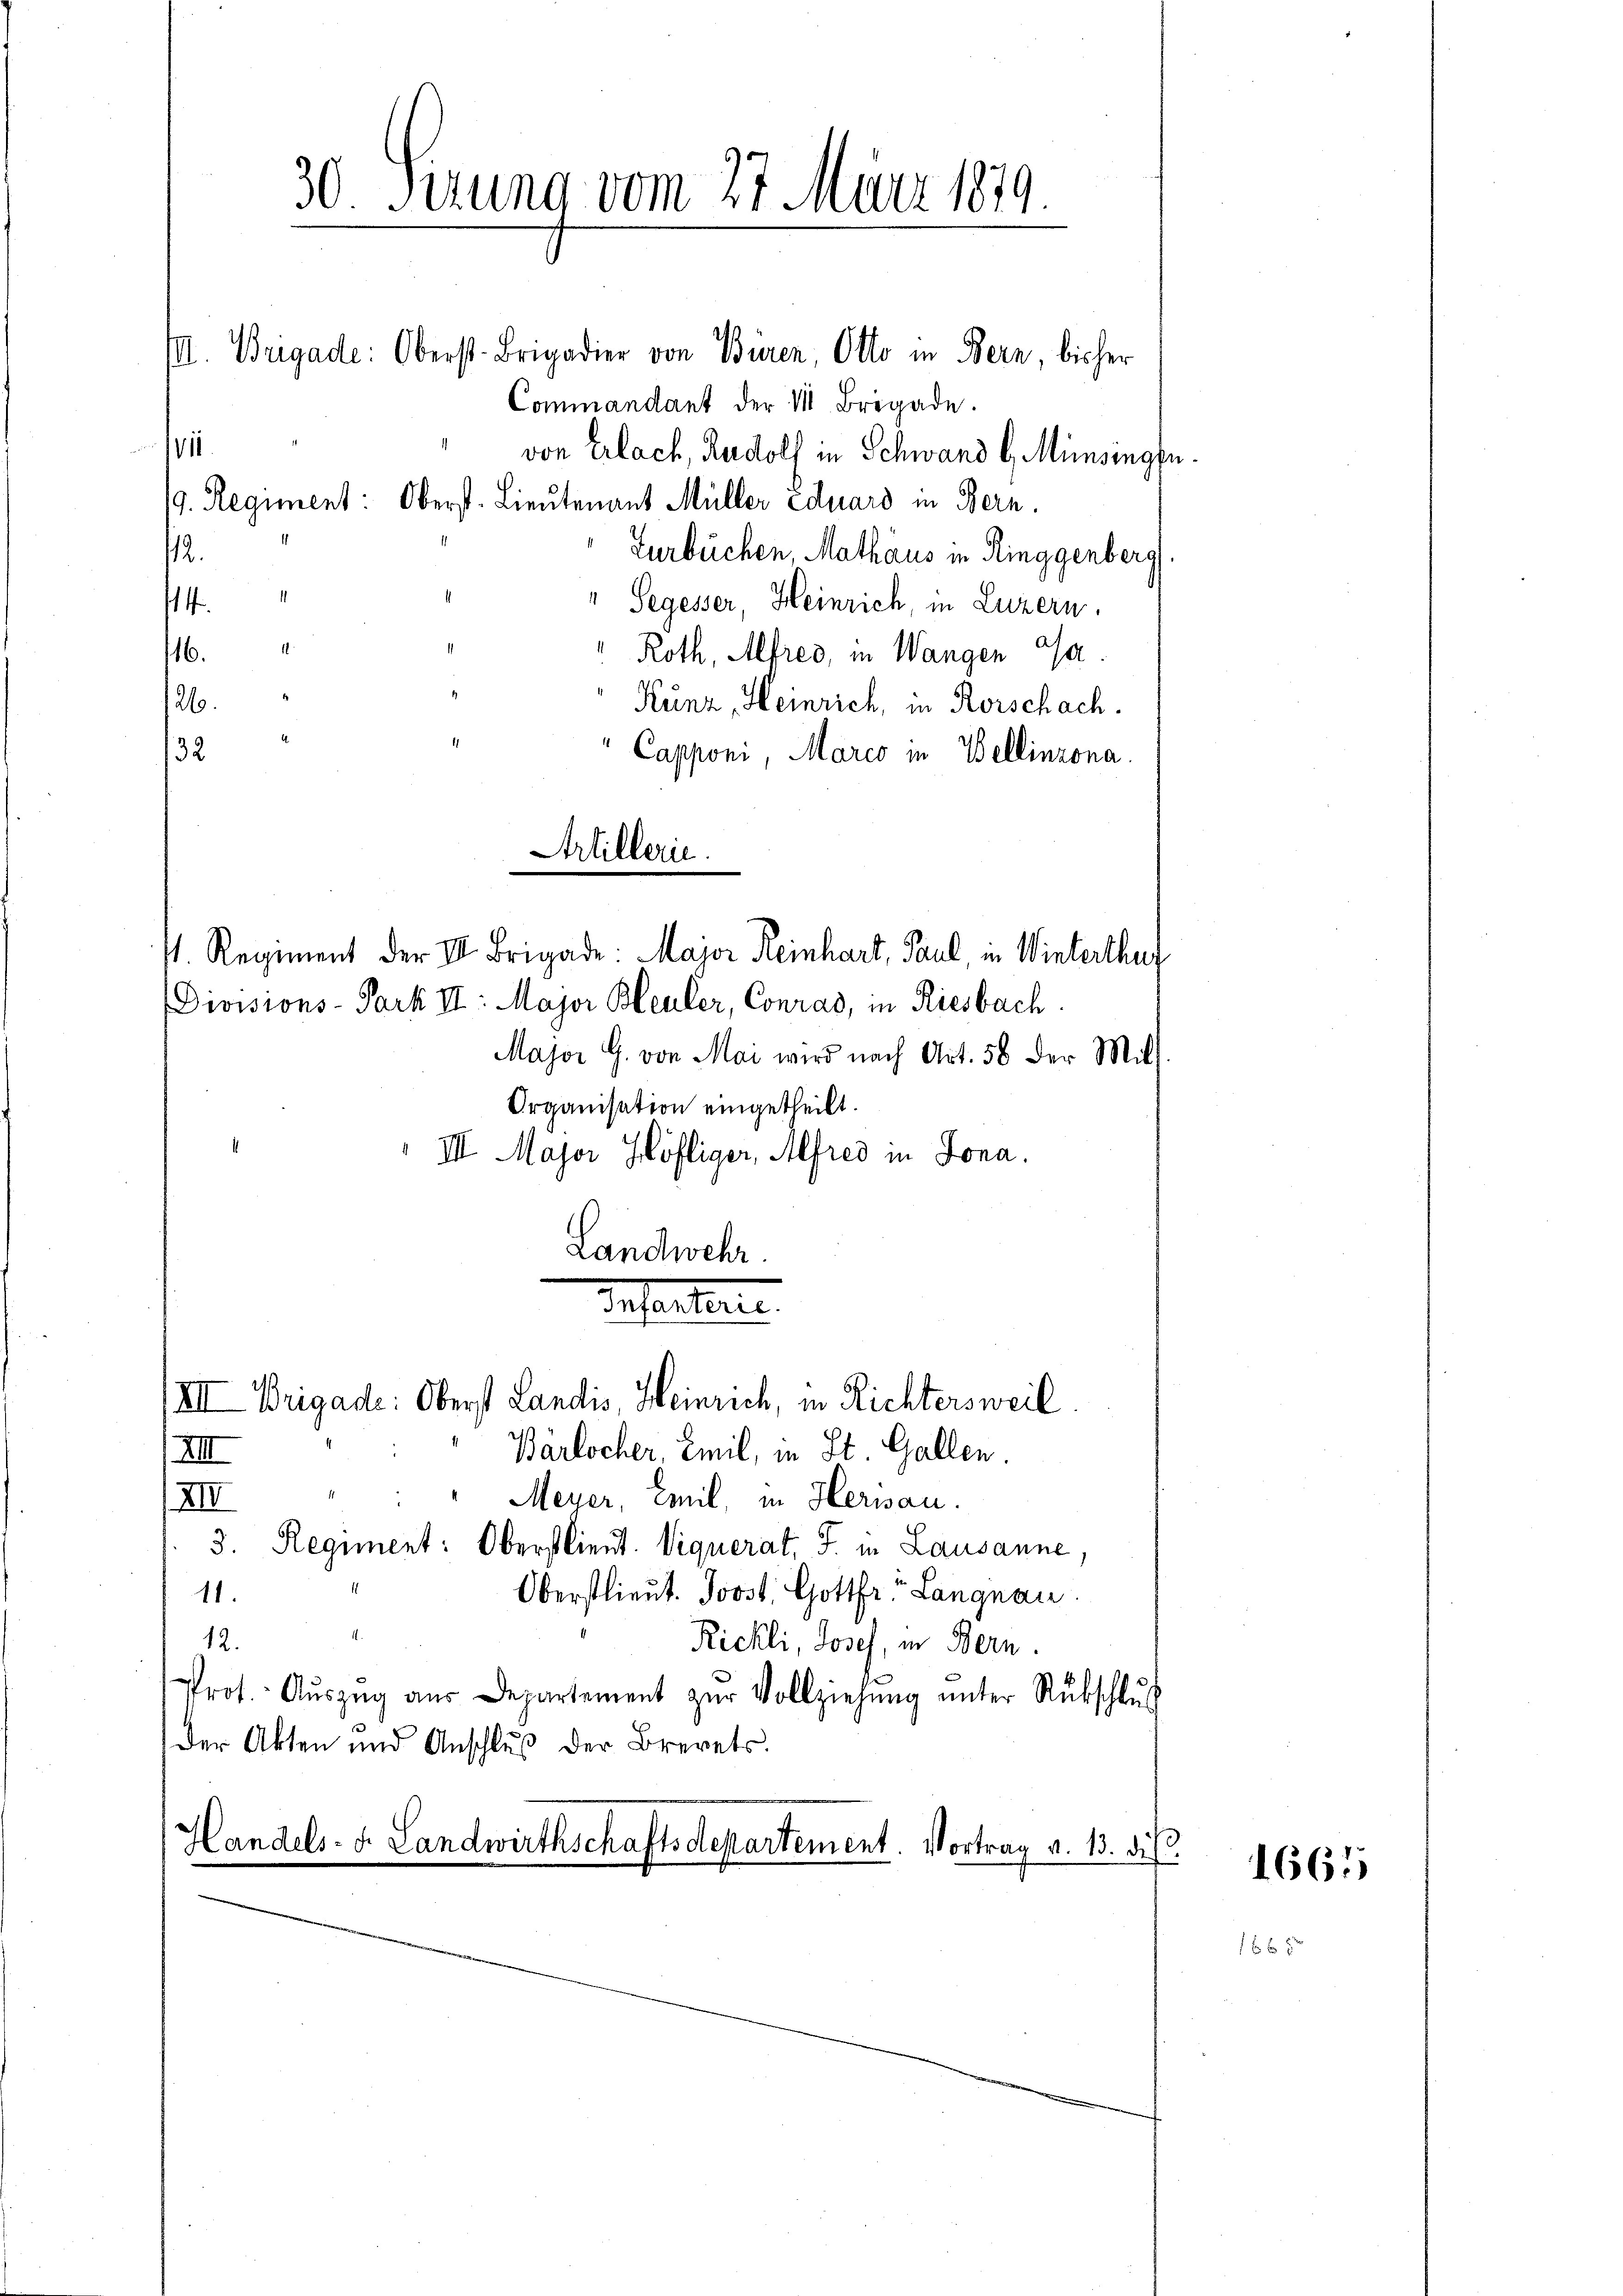
II. Brigade: Oberst-Brigadier von Buren, Otto in Bern, bisher
Commandant der 1 Brigade.
von Erlach, Rudolf in Schwand b. Münsing
9. Regiment: Oberst. Lieutenant Müller Eduard in Bern.
Furbüchen, Mathaus in Ringgenberg
12.
4
" Segesser, Heinrich, in Luzern.
16.
" Roth, Alfred, in Wangen Ja
26.
Kunz, Heinrich, in Rorschach.
32.
Capponi, Marco in Bellinzona.
Artillerie.
1. Regiment der III. Brigade: Major Reinhart, Paul in Winterthur
Divisions-Park II: Major Bleuler, Conrad, in Riesbach.
Major G. von Mai wird nach Art. 56 der Mit-
Organisation eingetheilt.
III. Major Höfliger, Alfred in Jona.
Landwehr.

V11.

30. Sirung vom 27. März 1879

XII

Infanterte.

XIII. Weigade: Oberst Landis Heinrich, in Richtersweil
Barlocher, Emil, in St. Gallen
Meyer, Emil, in Herisau.
XIV
3. Regiment: Oberstlieut. Viquerat, S. in Lausanne
Oberstlieut. Joost. Gottfr. Langnau.
11.
12.
Rickli, Josef, in Bern
Prot. Aŭszŭg aŭs Departement zŭr Vollziehŭng ŭnter Rückschlŭs
Der Akten und Anschluß der Brevets.
Handels- u. Landwirthschaftsdepartement. Vortrag v. 13. dis

n

1661